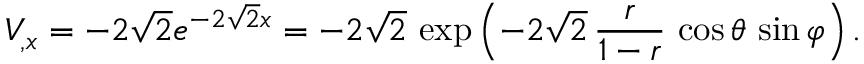
V _ { , x } = - 2 \sqrt { 2 } e ^ { - 2 \sqrt { 2 } x } = - 2 \sqrt { 2 } \, \exp \left( - 2 \sqrt { 2 } \, { \frac { r } { 1 - r } } \, \cos \theta \, \sin \varphi \right) .